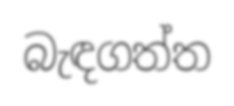
බැඳගත්ත